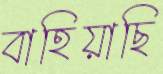
বাহিয়াছি